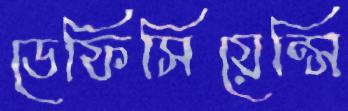
ডেফিসিয়েন্সি